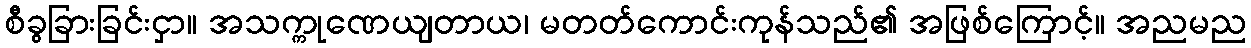
စီခွခြားခြင်းငှာ။ အသက္ကုဏေယျတာယ၊ မတတ်ကောင်းကုန်သည်၏ အဖြစ်ကြောင့်။ အညမည